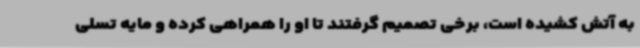
به آتش کشیده است، برخی تصمیم گرفتند تا او را همراهی کرده و مایه تسلی